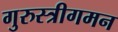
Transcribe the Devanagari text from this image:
गुरुस्त्रीगमन